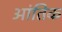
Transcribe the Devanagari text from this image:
आंतिक